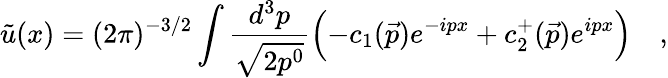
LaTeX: \tilde{u}(x)=(2\pi)^{-3/2}\int\frac{d^{3}p}{\sqrt{2p^{0}}}\Bigl(-c_{1}(\vec{p})e^{-ipx}+c_{2}^{+}(\vec{p})e^{ipx}\Bigl)\quad,